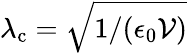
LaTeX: \lambda_{\mathrm{c}}=\sqrt{1/(\epsilon_{0}\mathcal{V})}